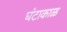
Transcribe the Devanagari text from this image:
घंटाकाळ